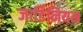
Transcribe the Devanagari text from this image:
जार्डिनियम